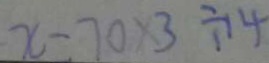
x - 7 0 \times 3 \div 1 4